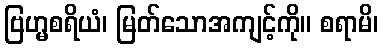
ဗြဟ္မစရိယံ၊ မြတ်သောအကျင့်ကို။ စရာမိ၊